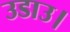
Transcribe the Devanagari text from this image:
उडाउ।